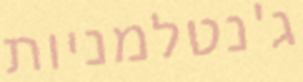
ג'נטלמניות